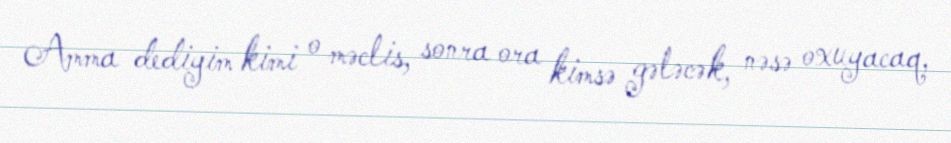
Amma dediyim kimi o məclis, sonra ora kimsə gələcək, nəsə oxuyacaq,